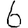
Digit: 6